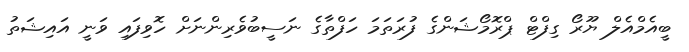
ބީއެމްއެލް ޔޫރޯ ގިފްޓް ޕްރޮމޯޝަންގެ ފުރަތަމަ ހަފްތާގެ ނަސީބުވެރިންނަށް ހޮވިފައި ވަނީ އައިޝަތު